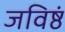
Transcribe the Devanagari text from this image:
जविष्ठं